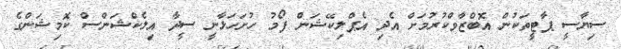
ސިޔާސީ ޕާޓީތަކުން އޮބްޒާވްކުރުމަށް އެދި އެޕްލިކޭޝަން ފޯމު ހުށަހަޅާނީ ސީދާ އިލެކްޝަންސް ކޮމިޝަންގެ